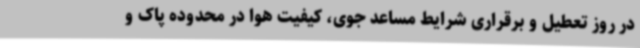
در روز تعطیل و برقراری شرایط مساعد جوی، کیفیت هوا در محدوده پاک و